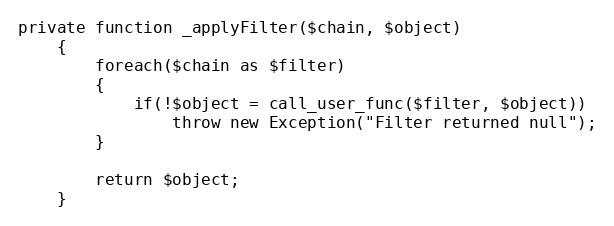
Language: PHP
private function _applyFilter($chain, $object)
	{
		foreach($chain as $filter)
		{
			if(!$object = call_user_func($filter, $object))
				throw new Exception("Filter returned null");
		}

		return $object;
	}